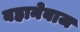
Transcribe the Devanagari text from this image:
बहानेबाज